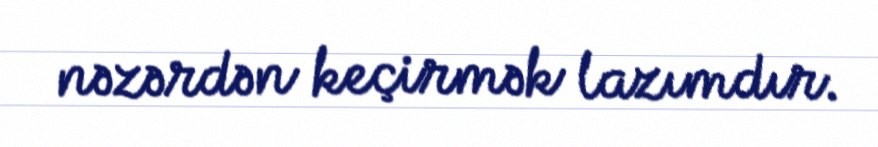
nəzərdən keçirmək lazımdır.